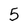
Character: 5